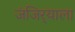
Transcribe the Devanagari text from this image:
जंजिर्‍याला